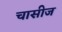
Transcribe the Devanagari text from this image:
चासीज